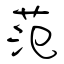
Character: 范